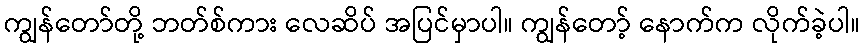
ကျွန်တော်တို့ ဘတ်စ်ကား လေဆိပ် အပြင်မှာပါ။ ကျွန်တော့် နောက်က လိုက်ခဲ့ပါ။